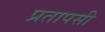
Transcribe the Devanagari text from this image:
प्रतापसी